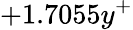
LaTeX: +1.7055y^{+}